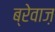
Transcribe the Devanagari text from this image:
ब्रेवाज़